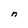
Character: n